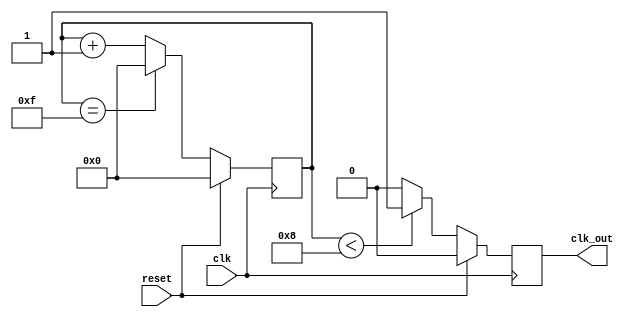
`timescale 1ns / 1ps
//////////////////////////////////////////////////////////////////////////////////
// Company: 
// Engineer: 
// 
// Design Name: 
// Module Name:    clk_divider 
// Project Name: 
// Target Devices: 
// Tool versions: 
// Description:     Divide the input clock by 'divider'.
//
// Dependencies: 
//
// Revision: 
// Revision 0.01 - File Created
// Additional Comments: 
//
//////////////////////////////////////////////////////////////////////////////////
module clk_divider#(parameter divider = 16)(input clk, input reset, output reg clk_out);

localparam half_divider = divider/2;
localparam divider_minus_one = divider-1;

reg [7:0] counter;

always @(posedge clk)
begin
  if (reset)
    clk_out <= 0;
  else
    clk_out <= (counter < half_divider)? 1 : 0;
end

always @(posedge clk)
begin
  if (reset)
    counter <= 0;
  else
    counter <= (counter == divider_minus_one)? 0 : counter + 1;
end

endmodule